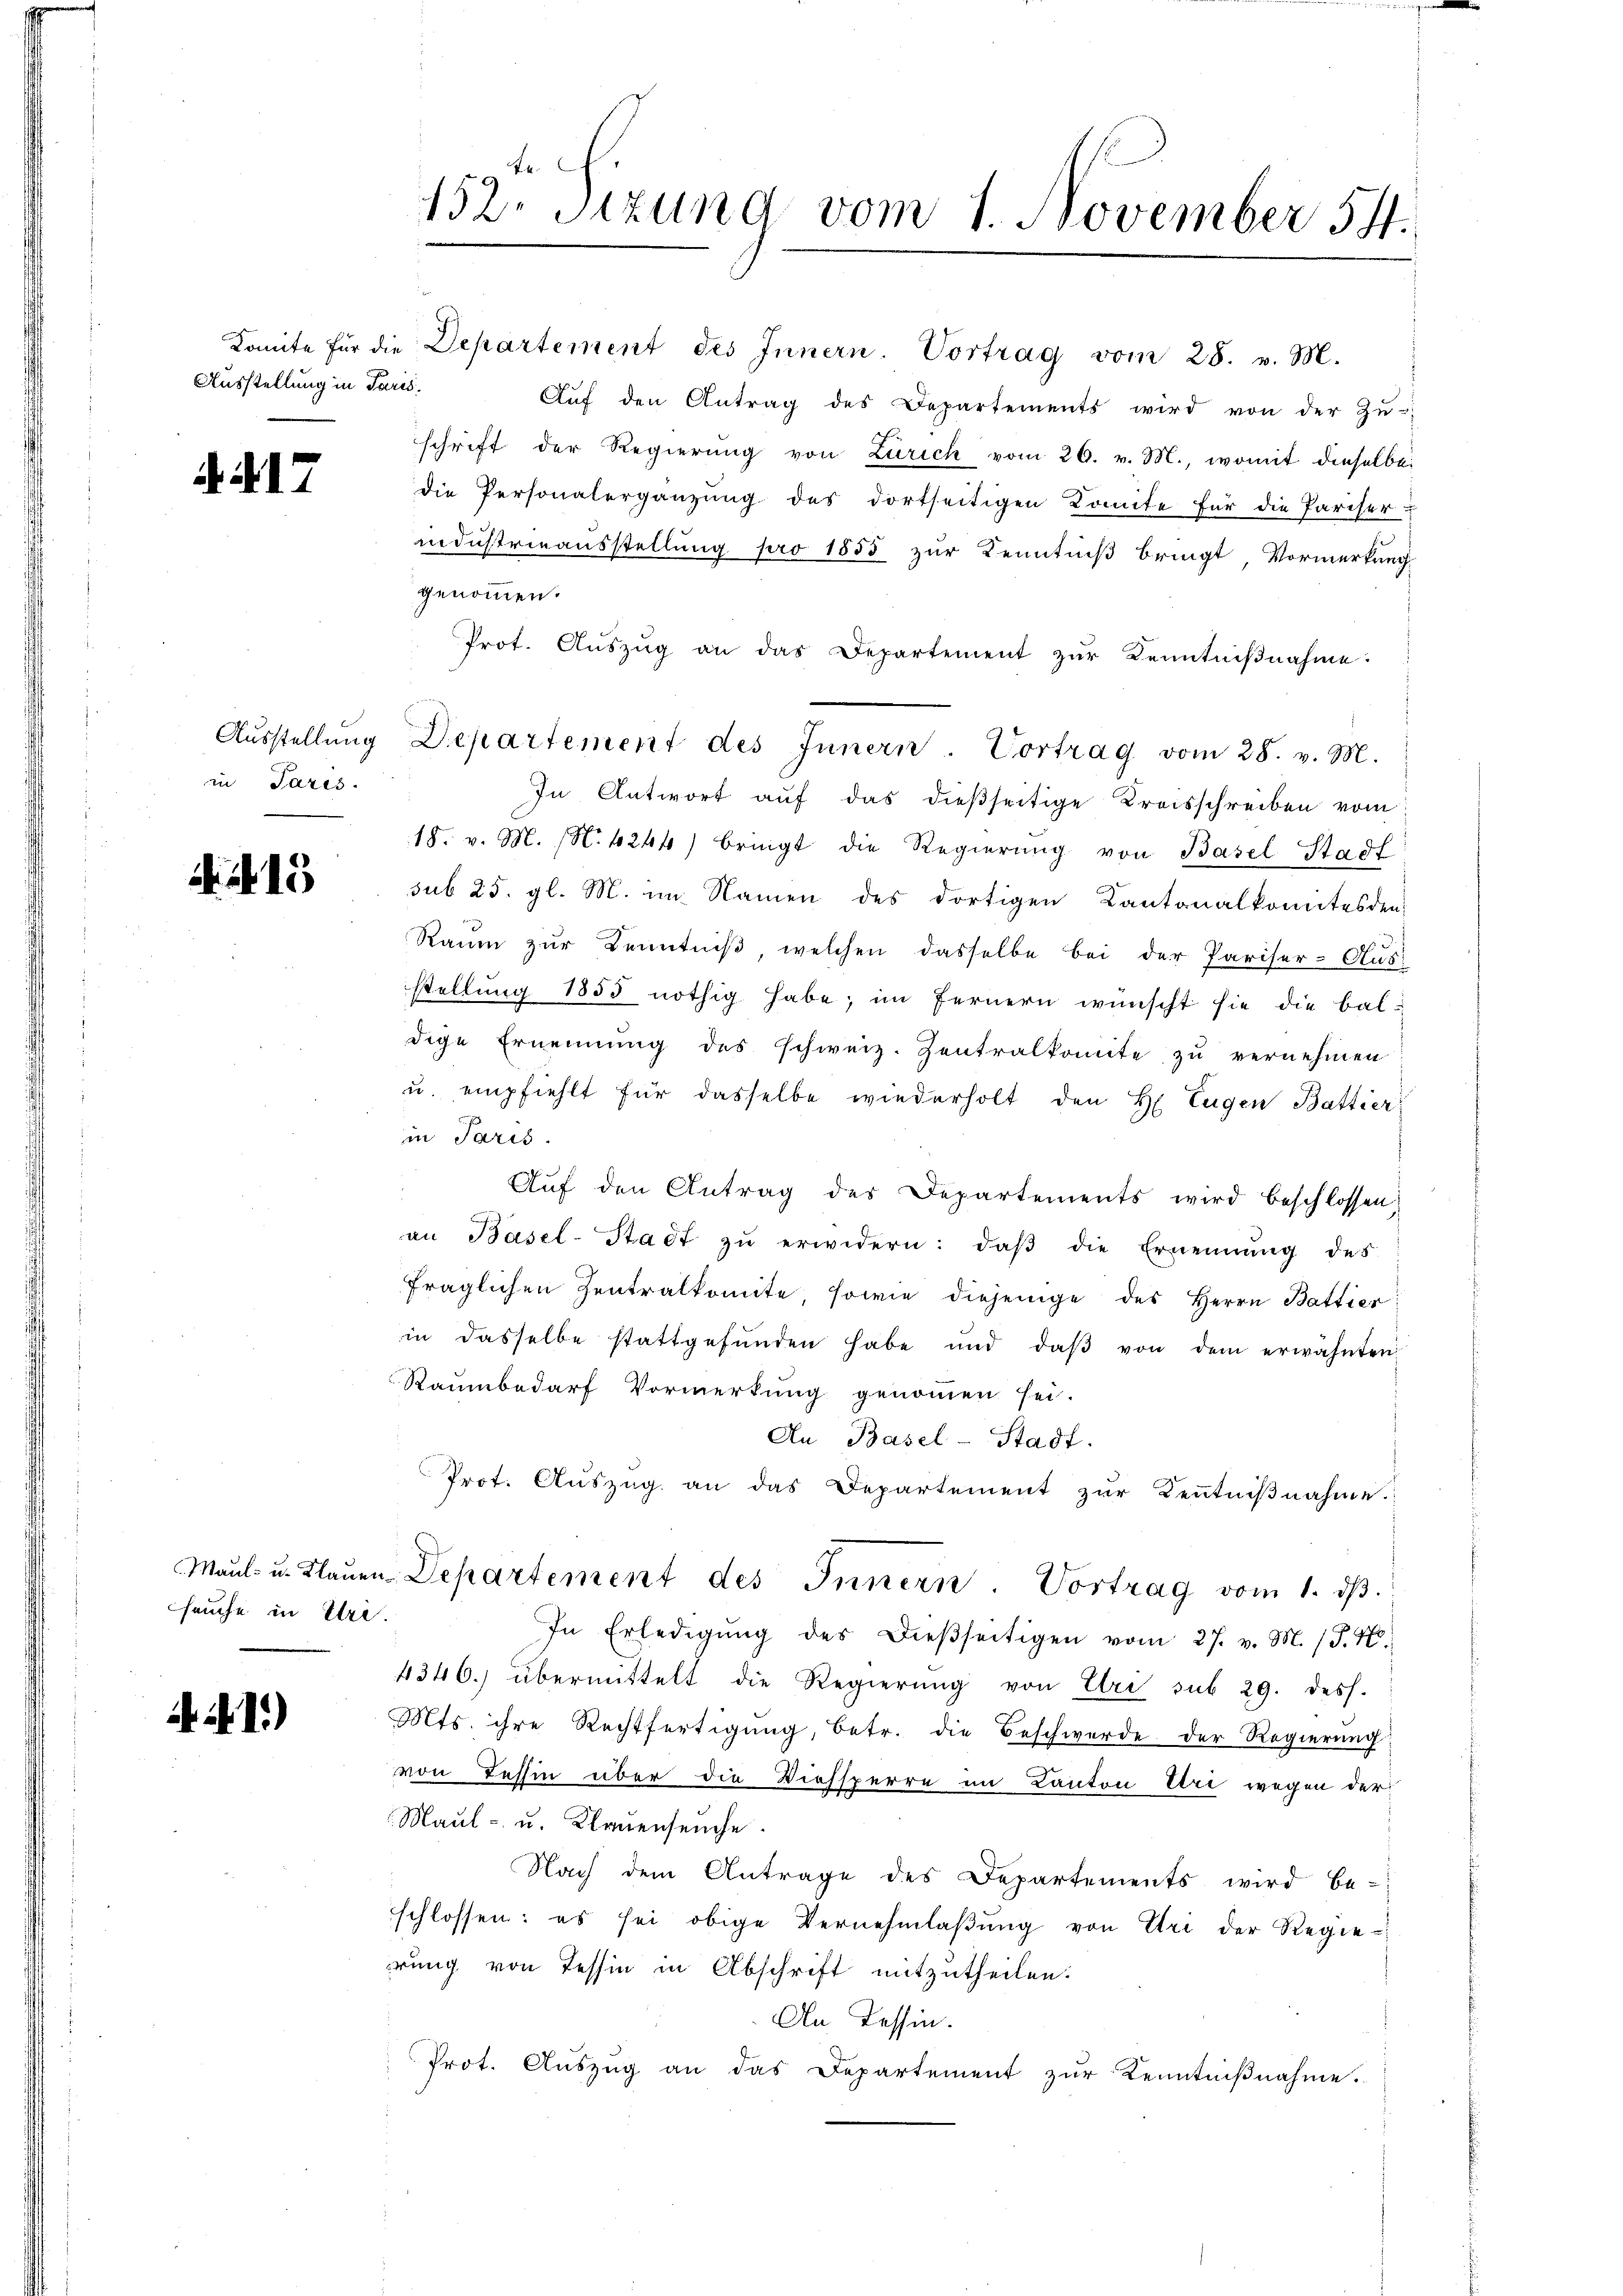
Ausstellung in Paris.

i. a. 17

in Paris.

13

feuche in Uri.

A 4.12)

152 Sizung vom 1. November 54.

Komite für die Departement des Innern. Vortrag vom 28. v. M.
Aŭf den Antrag des Departements wird von der Zu-
schrift der Regierung von Zürich vom 26. v. M., womit dieselbe
die Personalergänzung des dortseitigen Komite für die Pariser-
industrieausstellung pro 1855 zur Kenntniß bringt, Vormerkung
genommen.
Prot. Aŭszŭg an das Departement zŭr Kenntniβnahme:
In Antwort auf das dießseitige Kreisschreiben vom
18. v. M. (N. 4244) bringt die Regierŭng von Basel-Stadt
sub 25. gl. M. im Namen des dortigen Kantonalkomitesden
Raum zur Kenntniß, welchen dasselbe bei der Pariser-Ausstellung 1855 nöthig habe; im Fernern wünscht sie die baldige Ernennung des schweiz. Zentralkomite zu vernehmen
u. empfiehlt für dasselbe wiederholt den H. Eugen Battier
in Paris.
Aŭf den Antrag des Departements wird beschlossen
an Basel-Stadt zŭ erwidern: daβ die Ernennung des
fraglichen Zentralkomite, sowie diejenige des Herrn Battier
in dasselbe stattgefŭnden habe und daβ von dem erwähnten
Raumbedarf Vormerkung genommen sei.
An Basel-Stadt.
Prot. Auszug an das Departement zur Kenntnißnahme.
Maŭl- u. Klaŭen Departement des Innern. Vortrag vom 1. dβ.
In Erledigŭng des Dieβseitigen vom 27. v. M. (T. K.
4346. übermittelt die Regierŭng von Uri sub 29. dess.
Mts. ihre Rechtfertigŭng, betr. die Beschwerde der Regierŭng
von Tessin über die Diessperre im Canton Uri wegen der
Maul- u. Klauenseuche.
Nach dem Antrage des Departements wird be-
schlossen: es sei obige Vernehmlaßung von Uri der Regie-
rung von Tessin in Abschrift mitzutheilen.
An Tessin.
Prot. Auszug an das Departement zur Kenntnißnahme.

Aŭsstellŭng Departement des Innern. Vortrag vom 28. v. M.